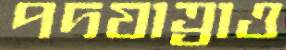
পদযাত্রাও